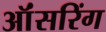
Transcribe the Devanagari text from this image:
ऑंसरिंग